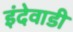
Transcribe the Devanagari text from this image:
इंदेवाडी